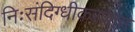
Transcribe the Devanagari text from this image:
निःसंदिग्धीकरणात